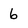
Character: 6